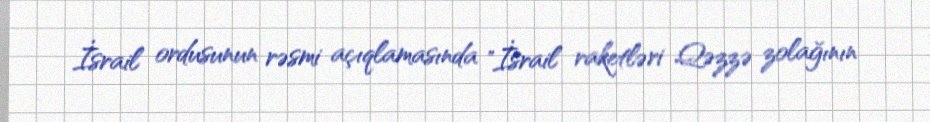
İsrail ordusunun rəsmi açıqlamasında "İsrail raketləri Qəzzə zolağının